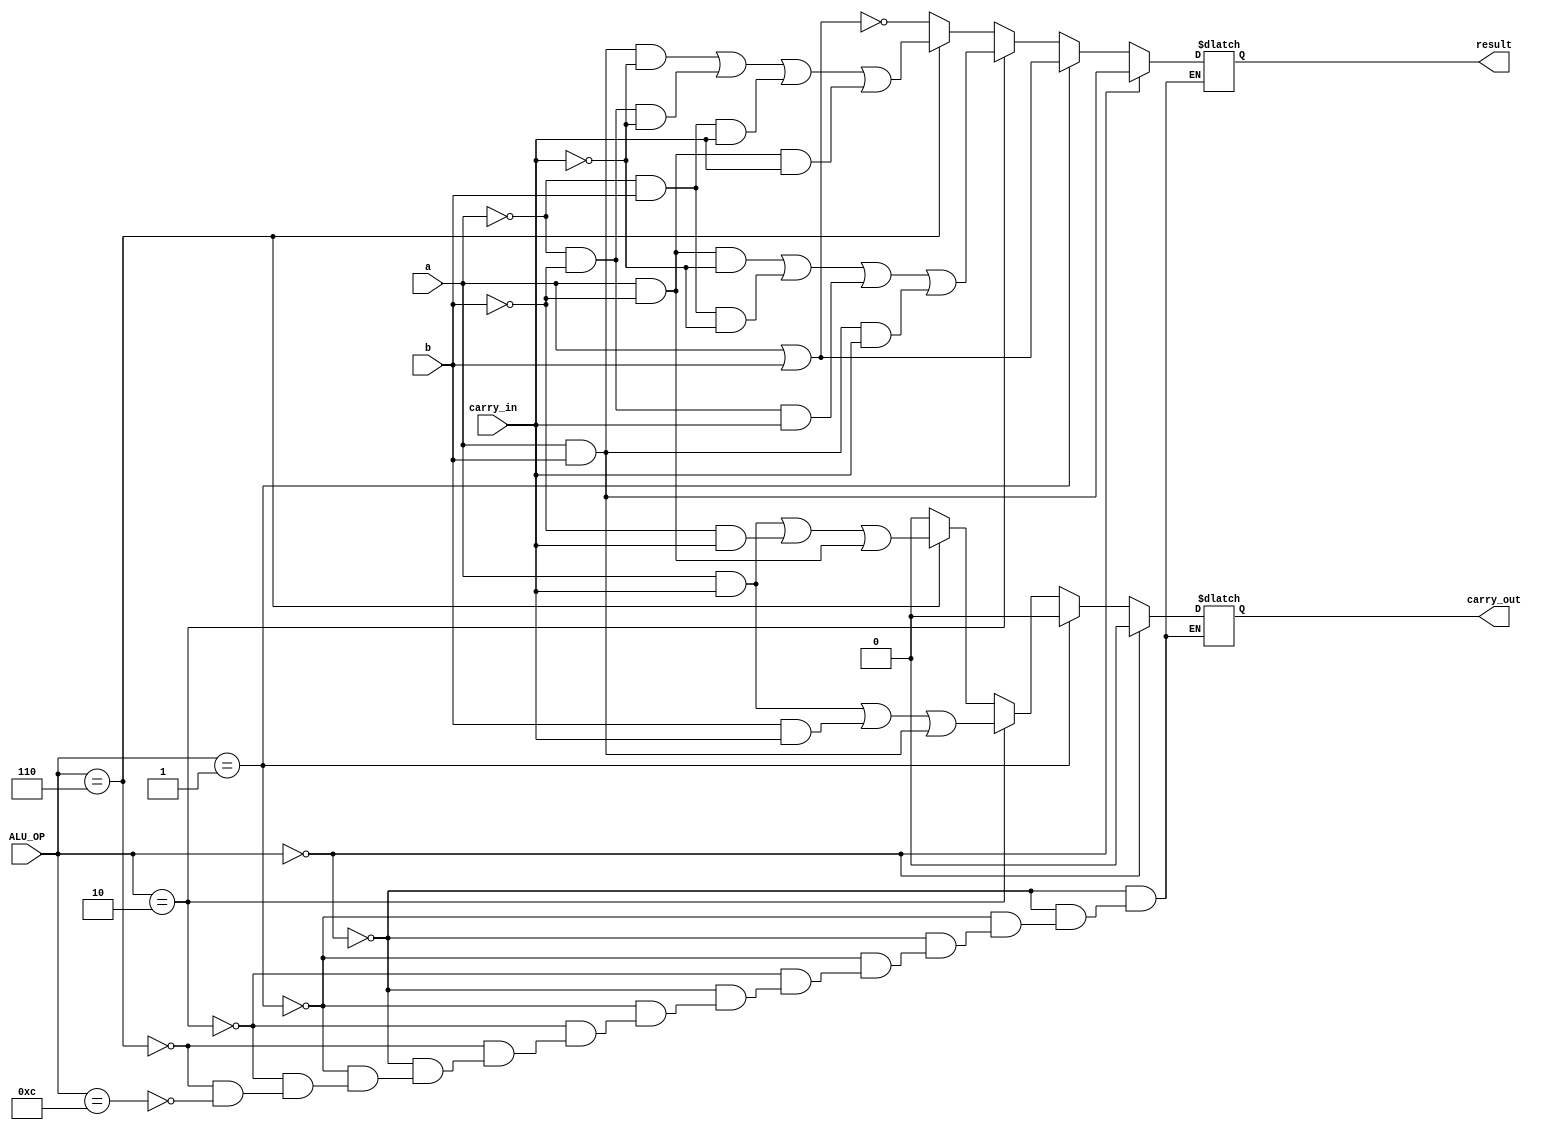
module ALU_1_bit
(
	input a,
	input b,
	input carry_in,
	input [3:0] ALU_OP,
	output reg result,
	output reg carry_out

);

always @ (a or b or ALU_OP)
begin
	if (ALU_OP[3:0]==4'b0000)
	begin
		result = a & b;
		carry_out =  0;
		end
	else
	   if (ALU_OP[3:0]==4'b0001)
		begin
		result = a | b;
		carry_out =  0;
		end

	else
	   if (ALU_OP[3:0]==4'b0010)
		begin
		result = (a & ~b & ~carry_in)|(~a & b & ~carry_in)|(~a & ~b & carry_in)|(a & b & carry_in);
		carry_out =  (a & carry_in) | (b & carry_in) | (a & b);
		end

	else
	   if (ALU_OP[3:0]==4'b0110)
		begin
		result = (a & b & ~carry_in)|(~a & ~b & ~carry_in)|(~a & b & carry_in)|(a & ~b & carry_in);
		carry_out =  (a & carry_in) | (~b & carry_in) | (a & ~b);
		end
	else
	   if (ALU_OP[3:0]==4'b1100)
		begin
		result = ~(a | b);
		carry_out =  0;
		end
end
endmodule